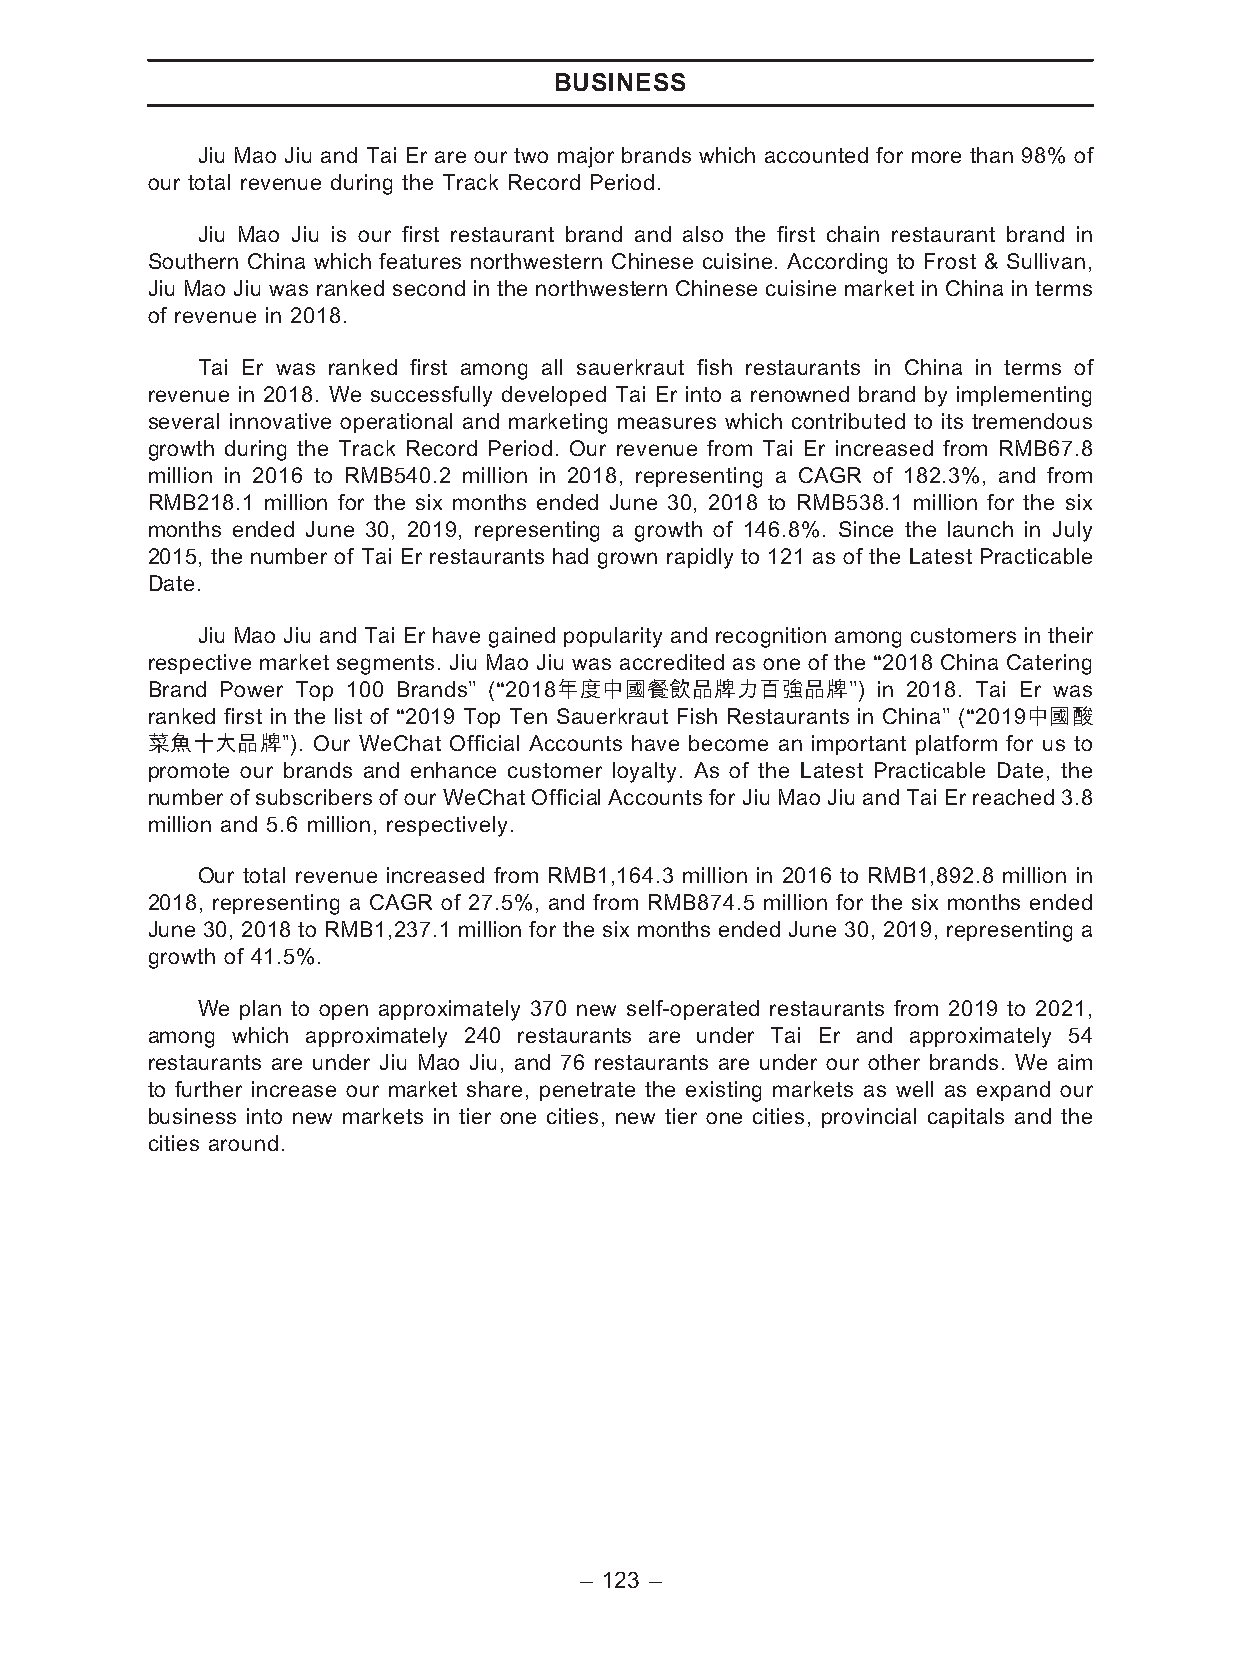
BUSINESS
 Jiu Mao Jiu and Tai Er are our two major brands which accounted for more than 98% of
 our total revenue during the Track Record Period.
 Jiu Mao Jiu is our first restaurant brand and also the first chain restaurant brand in
 Southern China which features northwestern Chinese cuisine. According to Frost & Sullivan,
 Jiu Mao Jiu was ranked second in the northwestern Chinese cuisine market in China in terms
 of revenue in 2018.
 Tai Er was ranked first among all sauerkraut fish restaurants in China in terms of
 revenue in 2018. We successfully developed Tai Er into a renowned brand by implementing
 several innovative operational and marketing measures which contributed to its tremendous
 growth during the Track Record Period. Our revenue from Tai Er increased from RMB67.8
 million in 2016 to RMB540.2 million in 2018, representing a CAGR of 182.3%, and from
 RMB218.1 million for the six months ended June 30, 2018 to RMB538.1 million for the six
 months ended June 30, 2019, representing a growth of 146.8%. Since the launch in July
 2015, the number of Tai Er restaurants had grown rapidly to 121 as of the Latest Practicable
 Date.
 Jiu Mao Jiu and Tai Er have gained popularity and recognition among customers in their
 respective market segments. Jiu Mao Jiu was accredited as one of the ‘‘2018 China Catering
 Brand Power Top 100 Brands’’ (‘‘2018年度中國餐飲品牌力百強品牌’’) in 2018. Tai Er was
 ranked first in the list of ‘‘2019 Top Ten Sauerkraut Fish Restaurants in China’’ (‘‘2019中國酸
 菜魚十大品牌’’). Our WeChat Official Accounts have become an important platform for us to
 promote our brands and enhance customer loyalty. As of the Latest Practicable Date, the
 number of subscribersof our WeChat Official Accounts for Jiu Mao Jiu and TaiEr reached 3.8
 million and 5.6 million, respectively.
 Our total revenue increased from RMB1,164.3 million in 2016 to RMB1,892.8 million in
 2018, representing a CAGR of 27.5%, and from RMB874.5 million for the six months ended
 June 30, 2018 to RMB1,237.1 million for the six months ended June 30, 2019, representing a
 growth of 41.5%.
 We plan to open approximately 370 new self-operated restaurants from 2019 to 2021,
 among which approximately 240 restaurants are under Tai Er and approximately 54
 restaurants are under Jiu Mao Jiu, and 76 restaurants are under our other brands. We aim
 to further increase our market share, penetrate the existing markets as well as expand our
 business into new markets in tier one cities, new tier one cities, provincial capitals and the
 cities around.
 – 123 –